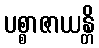
ပစ္စာဇာယန္တိ